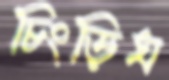
চিংড়িঘ